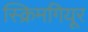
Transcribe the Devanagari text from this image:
स्क्रिमगियूर